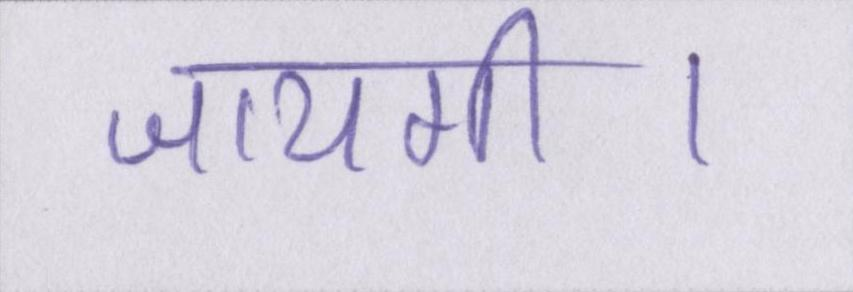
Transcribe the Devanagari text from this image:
जायगी।